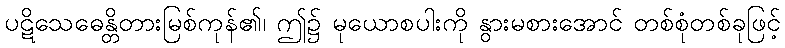
ပဋိသေဓေန္တိတားမြစ်ကုန်၏၊ ဤ၌ မုယောစပါးကို နွားမစားအောင် တစ်စုံတစ်ခုဖြင့်